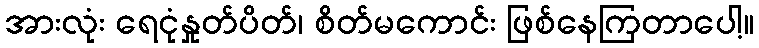
အားလုံး ရေငုံနှုတ်ပိတ်၊ စိတ်မကောင်း ဖြစ်နေကြတာပေါ့။